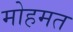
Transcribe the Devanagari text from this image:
मोहमत